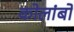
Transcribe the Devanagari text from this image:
कोलांबो